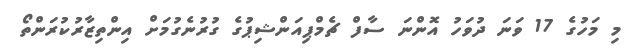
މި މަހުގެ 17 ވަނަ ދުވަހު އޮންނަ ސާފް ޗެމްޕިއަންޝިޕުގެ ގުރުނެގުމަށް އިންތިޒާރުކުރަންތޯ